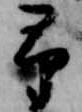
予